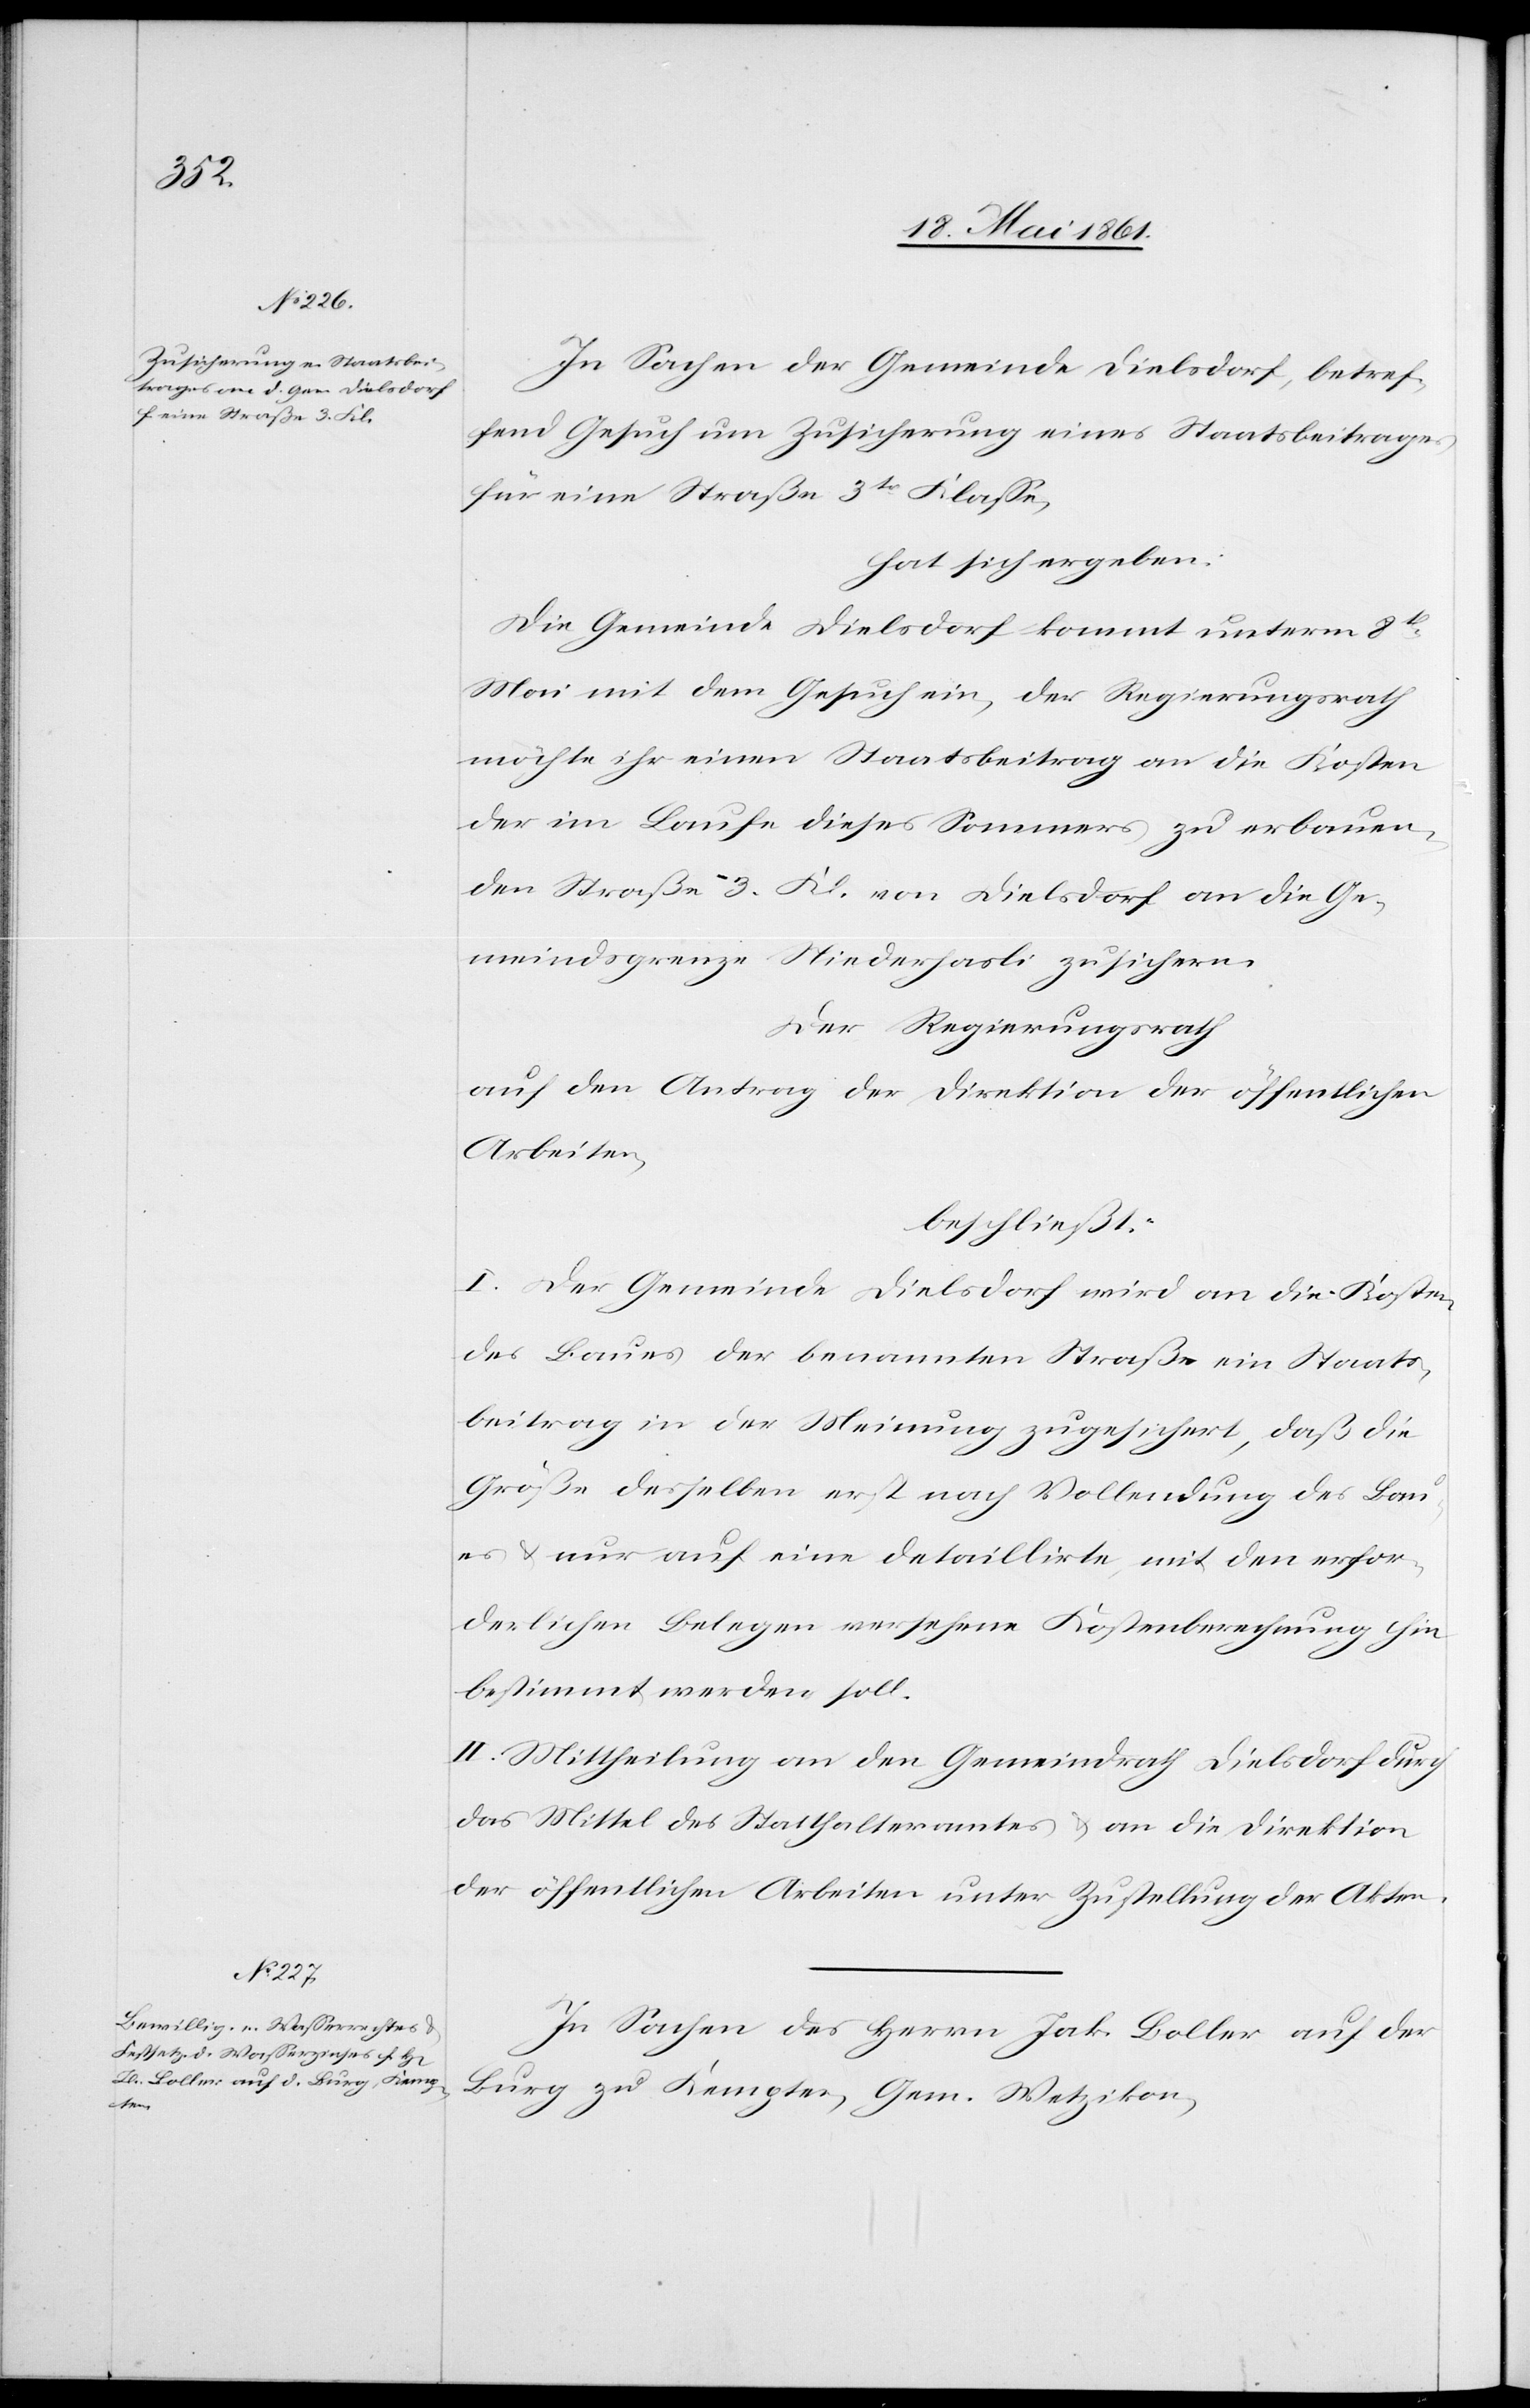
In Sachen der Gemeinde Dielsdorf, betref¬
fend Gesuch um Zusicherung eines Staatsbeitrages
für eine Straße 3tr Klasse,
hat sich ergeben:
Die Gemeinde Dielsdorf kommt unterm 8t
Mai mit dem Gesuch ein, der Regierungsrath
möchte ihr einen Staatsbeitrag an die Kosten
der im Laufe dieses Sommers zu erbauen¬
den Straße 3. Kl von Dielsdorf an die Ge¬
meindsgrenze Niederhasli zu sichern.
Der Regierungsrath
auf den Antrag der Direktion der öffentlichen
Arbeiten,
beschließt:
I. Der Gemeinde Dielsdorf wird an die Kosten
des Baues der benannten Straße ein Staats¬
beitrag in der Meinung zugesichert, daß die
Größe desselben erst nach Vollendung des Bau¬
es u. nur auf eine detaillirte mit den erfor¬
derlichen Belegen versehene Kostenberechnung hin
bestimmt werden soll.
II. Mittheilung an den Gemeindrath Dielsdorf durch
das Mittel des Statthalteramtes u. an die Direktion
der öffentlichen Arbeiten unter Zustellung der Akten.
In Sachen des Herrn Jak. Boller auf der
Burg zu Kempten, Gem. Wetzikon,